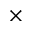
\times